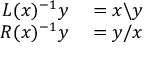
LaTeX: \begin{array} { r l } { L ( x ) ^ { - 1 } y } & { { } = x \backslash y } \\ { R ( x ) ^ { - 1 } y } & { { } = y / x } \end{array}